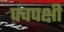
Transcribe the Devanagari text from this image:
पंचपक्षी